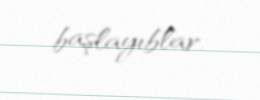
başlayıblar.